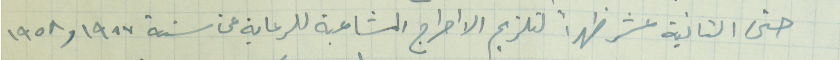
حتى الثانية عشر ظهراً لتلزيم الاحراج المشاعبة للرعاية عن سنة ١٩٥٧ و ١٩٥٨